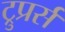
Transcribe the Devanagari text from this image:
ट्रुप्रर्स